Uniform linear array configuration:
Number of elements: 16
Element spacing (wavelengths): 0.5
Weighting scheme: binomial
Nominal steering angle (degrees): -15
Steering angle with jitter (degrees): -15.666
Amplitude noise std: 0.05
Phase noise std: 0.05

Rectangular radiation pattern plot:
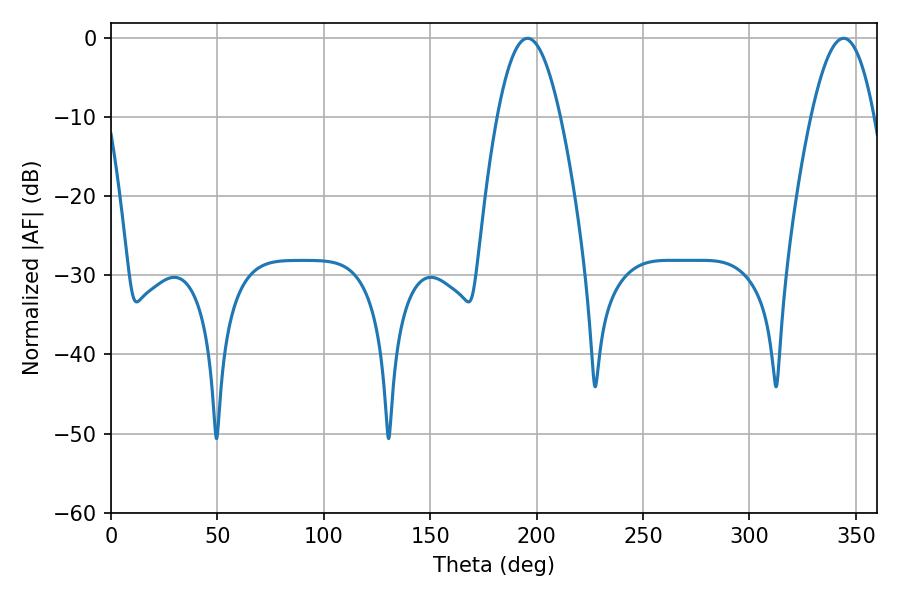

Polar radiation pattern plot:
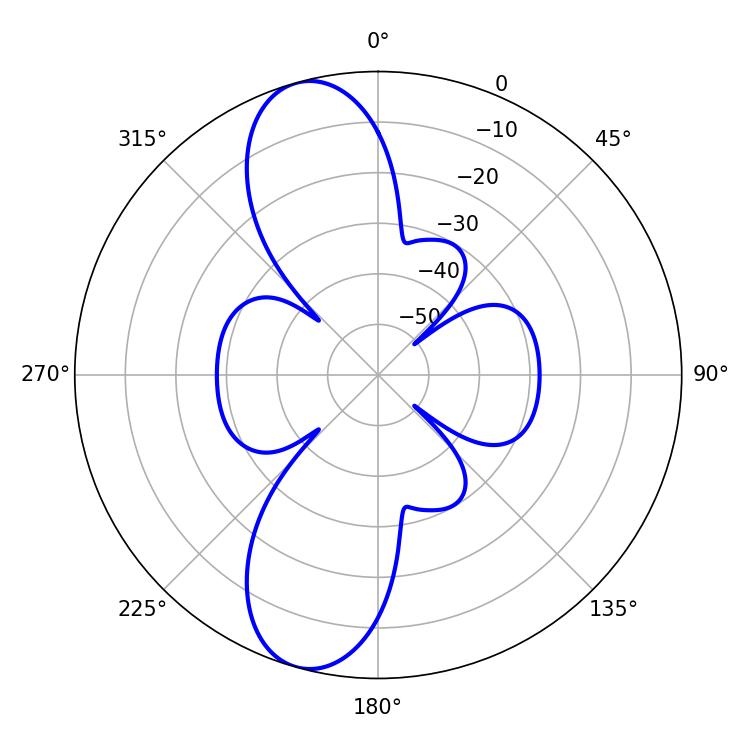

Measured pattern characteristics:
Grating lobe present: FALSE
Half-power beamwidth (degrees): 16.2
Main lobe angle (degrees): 195.66